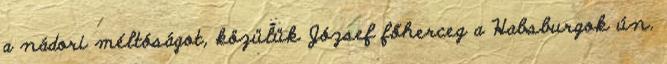
a nádori méltóságot, közülük József főherceg a Habsburgok ún.